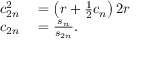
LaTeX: \begin{array} { r l } { c _ { 2 n } ^ { 2 } } & { { } { } = \left( r + { \frac { 1 } { 2 } } c _ { n } \right) 2 r } \\ { c _ { 2 n } } & { { } { } = { \frac { s _ { n } } { s _ { 2 n } } } . } \end{array}